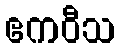
ဧကဝီသ